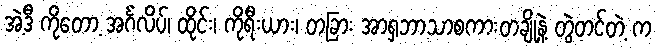
အဲ့ဒီ ကိုတော့ အင်္ဂလိပ်၊ ထိုင်း၊ ကိုရီးယား၊ တခြား အာရှဘာသာစကားတချို့နဲ့ တွဲတင်တဲ့ က